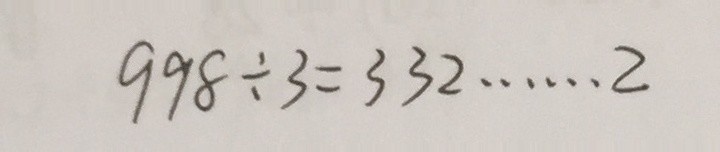
9 9 8 \div 3 = 3 3 2 \cdots 2